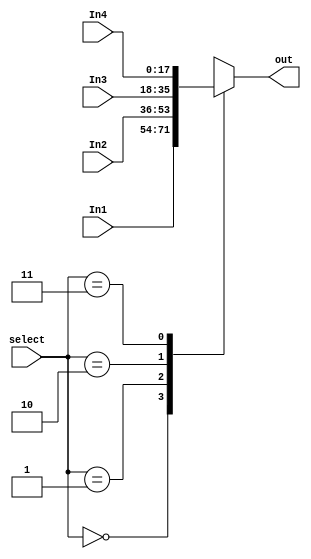
// 4X1 multiplixer , be used to jump address

module Mux4to1( select,					
				In1,
				In2,
				In3,
				In4,
				out);
				
	parameter bit_size=18;
	
	input [bit_size-1:0] In1;	
	input [bit_size-1:0] In2;
	input [bit_size-1:0] In3;
	input [bit_size-1:0] In4;
	input [1:0] select;
	
	output [bit_size-1:0] out;
	reg [bit_size-1:0] out;
	
	always @(*)
	begin				
		case(select)
			2'b00: out<=In1;
			2'b01: out<=In2;
			2'b10: out<=In3;
			2'b11: out<=In4;
		endcase	
	end						
				
endmodule